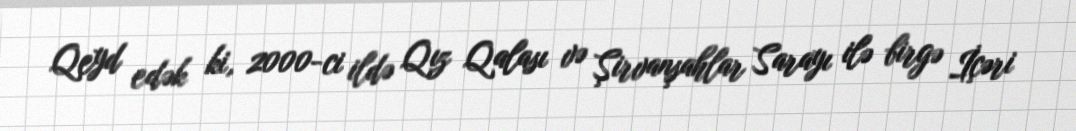
Qeyd edək ki, 2000-ci ildə Qız Qalası və Şirvanşahlar Sarayı ilə birgə İçəri